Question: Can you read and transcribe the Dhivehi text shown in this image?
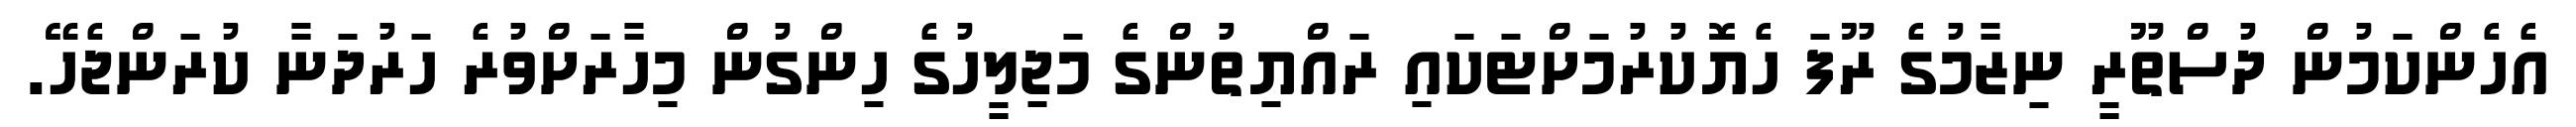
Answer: އެހެންކަމުން ދުސްތޫރީ ނިޒާމުގެ ރޫފަ ހެޔޮކުރުމަށްޓަކައި ރައްޔިތުންގެ މަޖިލީހުގެ ހިންގުން މިހާރަށްވުރެ ހަރުދަނާ ކުރަންޖެހޭ.